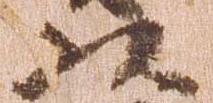
以